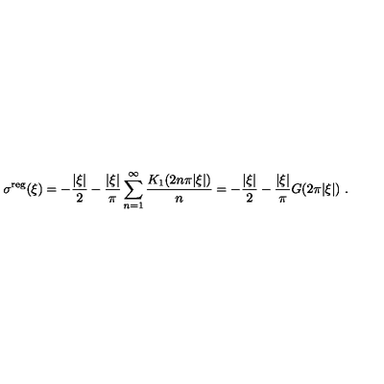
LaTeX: \sigma ^ { \mathrm { r e g } } ( \xi ) = - { \frac { | \xi | } { 2 } } - { \frac { | \xi | } { \pi } } \sum _ { n = 1 } ^ { \infty } { \frac { K _ { 1 } ( 2 n \pi | \xi | ) } { n } } = - { \frac { | \xi | } { 2 } } - { \frac { | \xi | } { \pi } } G ( 2 \pi | \xi | ) \ .